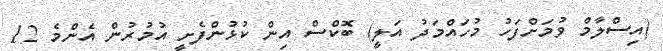
(އިސްލާމް ވުމަށްފަހު މުހައްމަދު އަލީ) ބޮކްސް އިން ކުޅުންފެށީ އުމުރުން އެންމެ 12